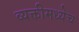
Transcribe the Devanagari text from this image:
व्यक्तीमध्येच